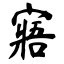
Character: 寤